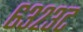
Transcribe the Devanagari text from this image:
६३२३ट